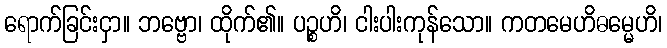
ရောက်ခြင်းငှာ။ ဘဗ္ဗော၊ ထိုက်၏။ ပဉ္စဟိ၊ ငါးပါးကုန်သော။ ကတမေဟိဓမ္မေဟိ၊